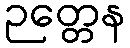
ဉတ္တေန